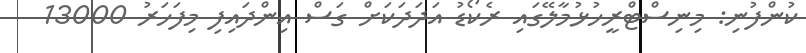
ކުންފުނި: މިނިސްޓްރީހުޅުމާލޭގައި ރެކޯޑު އަދަދަކަށް ގަސް އިންދައިފި މިފަހަރު 13000